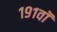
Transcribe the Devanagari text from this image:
१९१वॉ